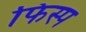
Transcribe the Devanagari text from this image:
फिस्प